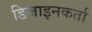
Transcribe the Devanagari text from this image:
डिजाइनकर्ता